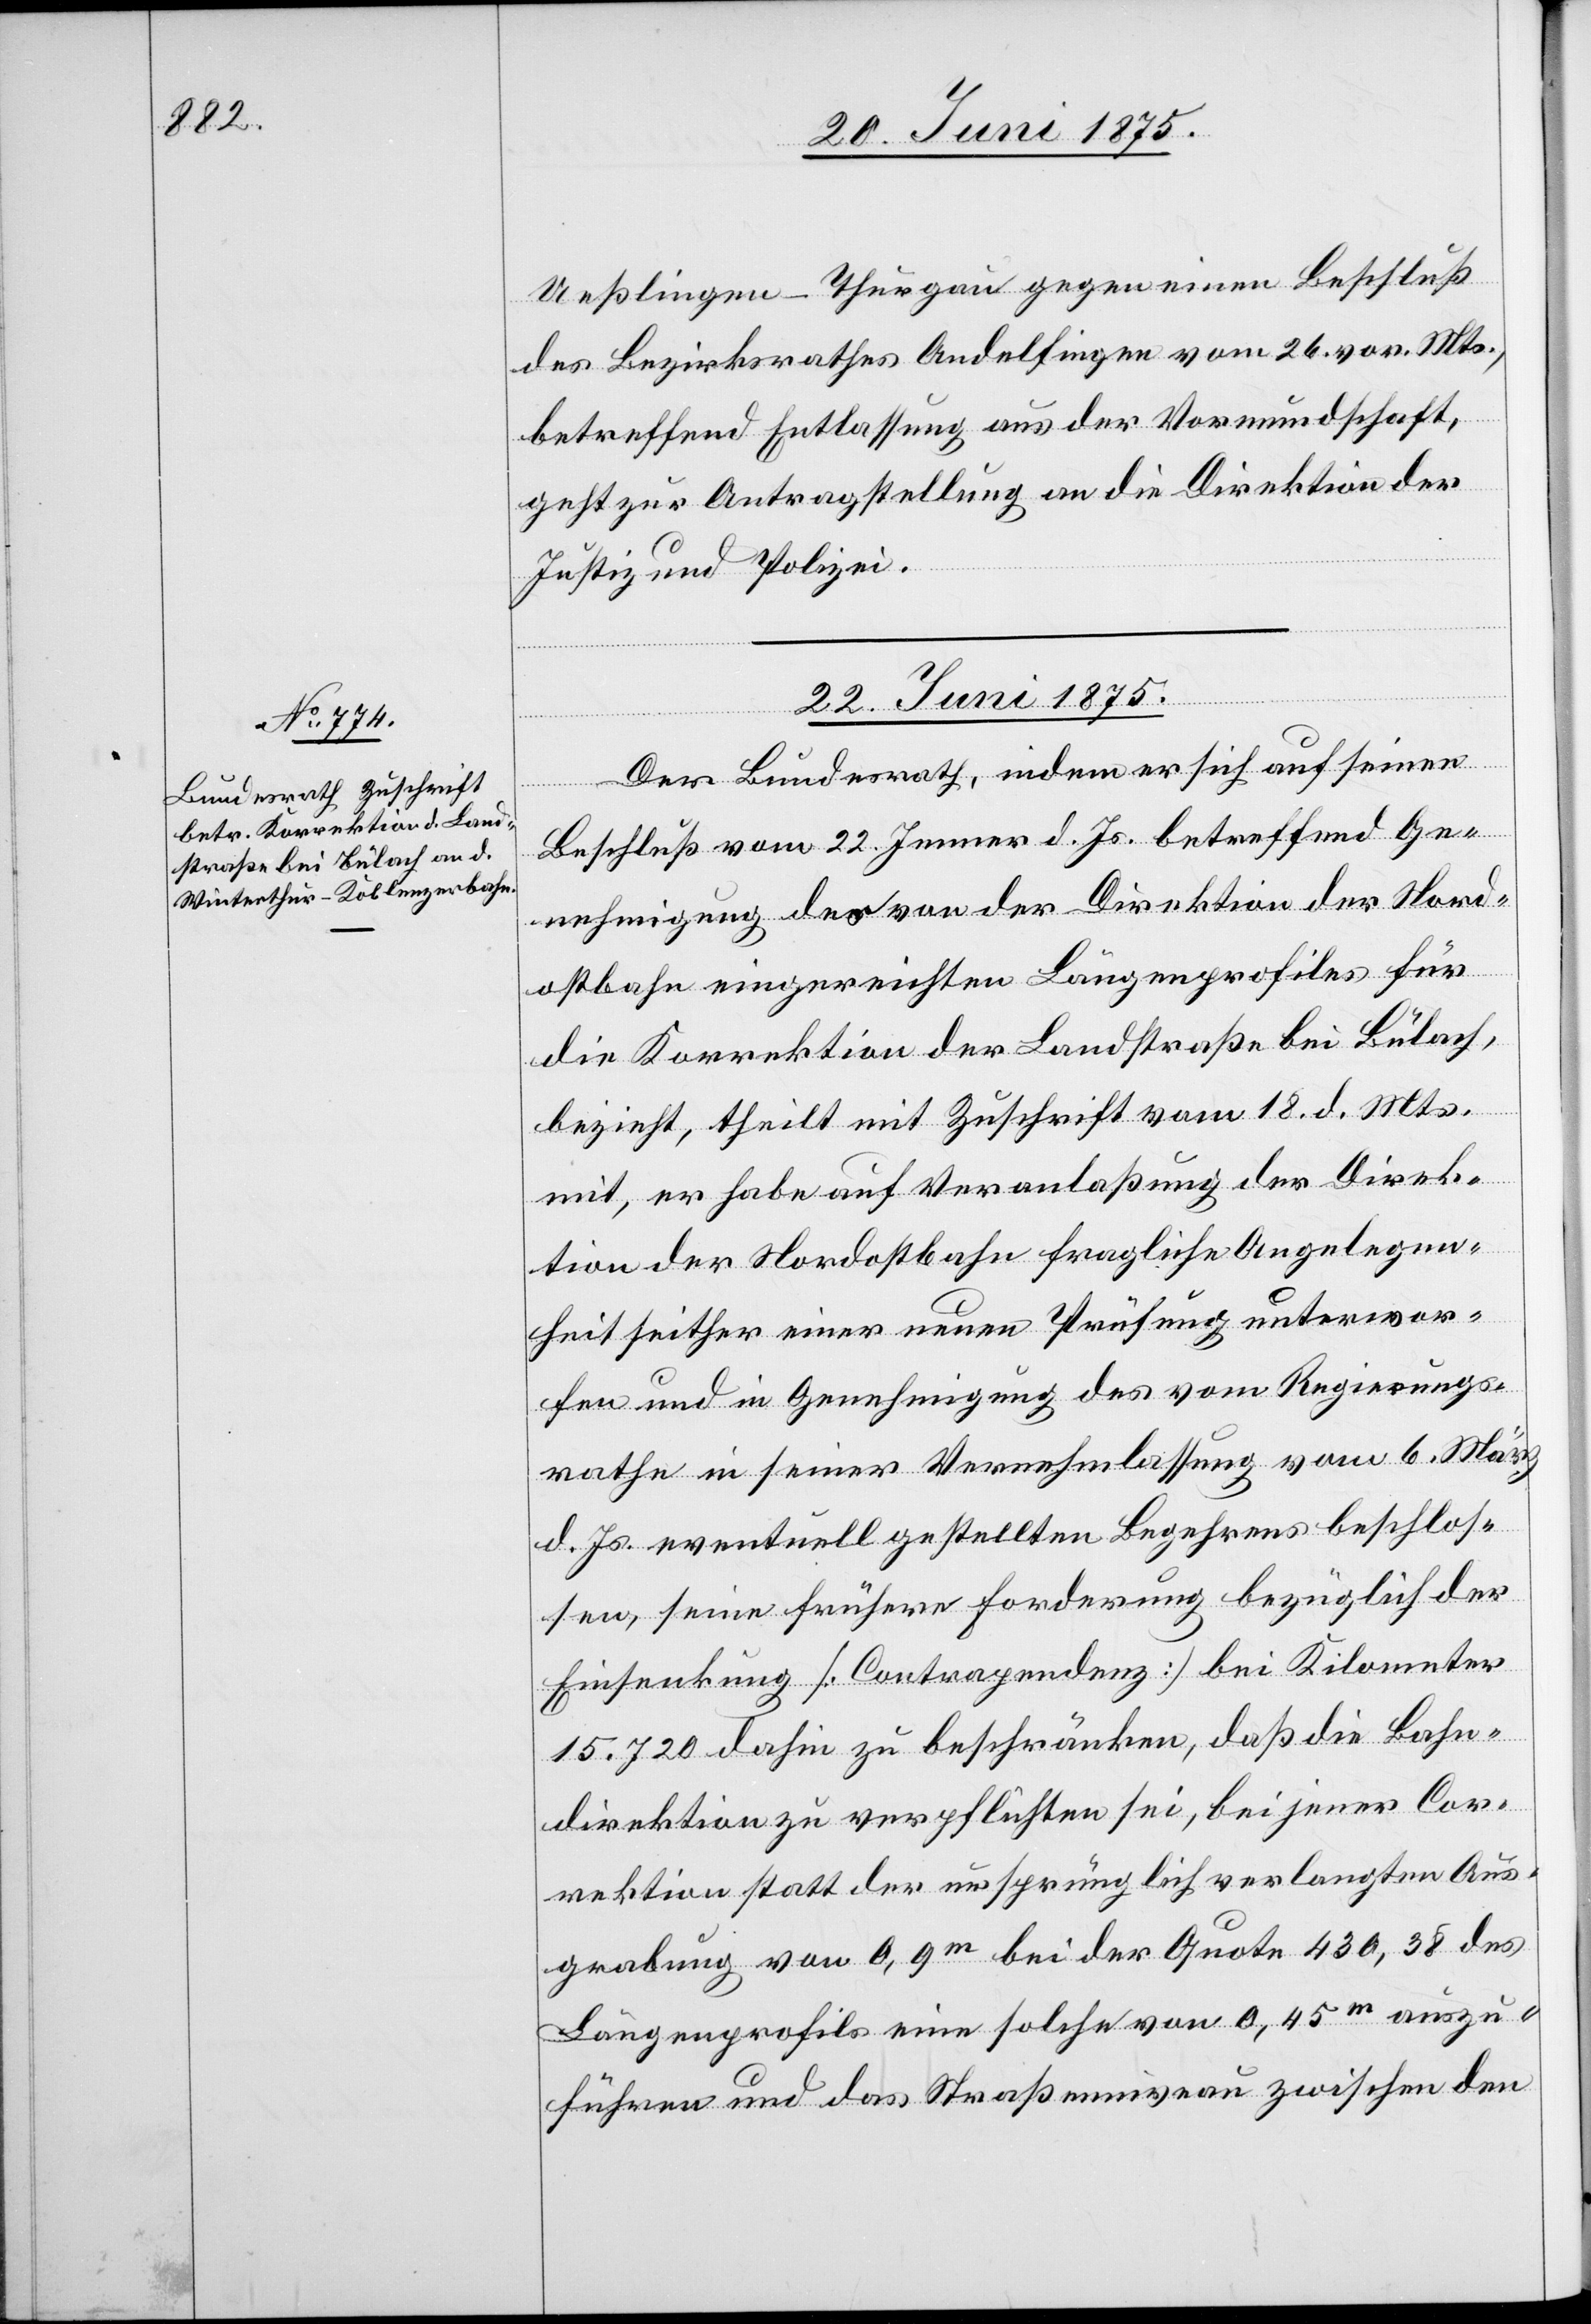
Ueßlingen - Thurgau gegen einen Beschluß
des Bezirksrathes Andelfingen vom 26. vor. Mts.,
betreffend Entlassung aus der Vormundschaft,
geht zur Antragstellung an die Direktion der
Justiz und Polizei.
22. Juni 1875.
Der Bundesrath, indem er sich auf seinen
Beschluß vom 22. Jenner d. Js. betreffend Ge¬
nehmigung der von der Direktion der Nord¬
ostbahn eingereichten Längenprofils für
die Korrektion der Landstraße bei Bülach,
bezieht, theilt mit Zuschrift vom 18. d. Mts.
mit, er habe auf Veranlaßung der Direk¬
tion der Nordostbahn fragliche Angelegen¬
heit seither einer neuen Prüfung unterwor¬
fen und in Genehmigung des vom Regierungs¬
rathe in seiner Vernehmlassung vom 6. März
d. Js. eventuell gestellten Begehrens beschlos¬
sen, seine frühere Forderung bezüglich der
Einsenkung [Contrapendenz] bei Kilometer
15.720 dahin zu beschränken, daß die Bahn¬
direktion zu verpflichten sei, bei jener Cor¬
rektion statt der ursprünglich verlangten Aus¬
grabung von 0,9m bei der Quote 430,38 des
Längenprofils eine solche von 0,45m auszu¬
führen und das Straßenniveau zwischen den